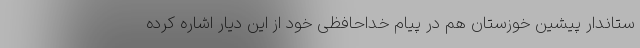
ستاندار پیشین خوزستان هم در پیام خداحافظی خود از این دیار اشاره کرده